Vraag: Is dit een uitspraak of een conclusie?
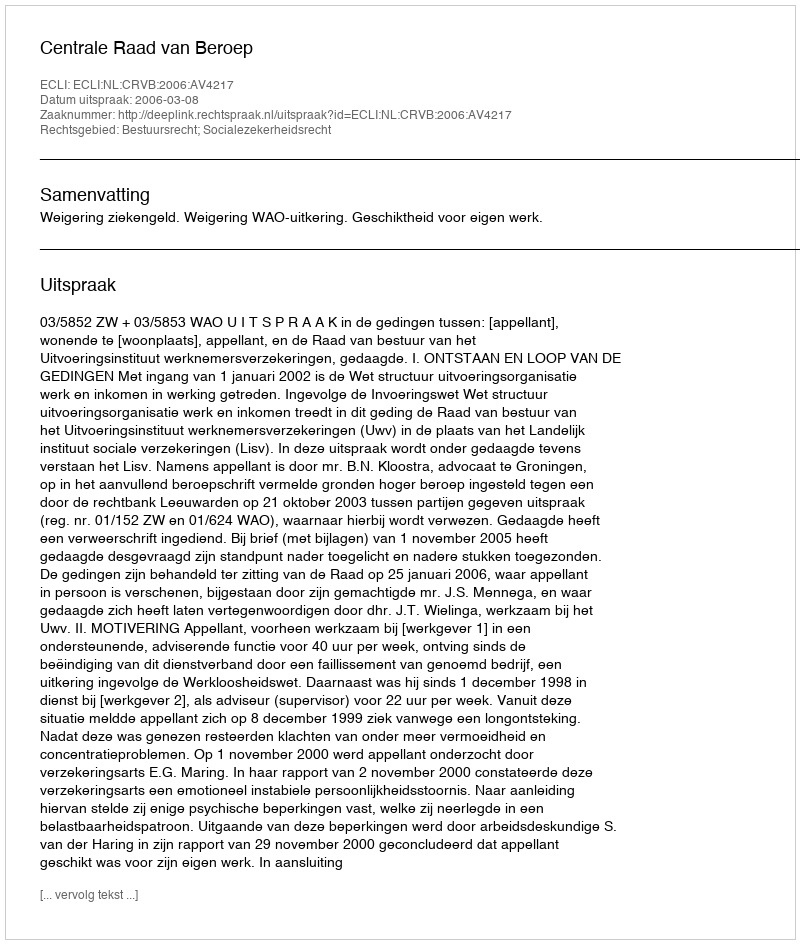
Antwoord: Uitspraak